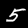
Label: 5